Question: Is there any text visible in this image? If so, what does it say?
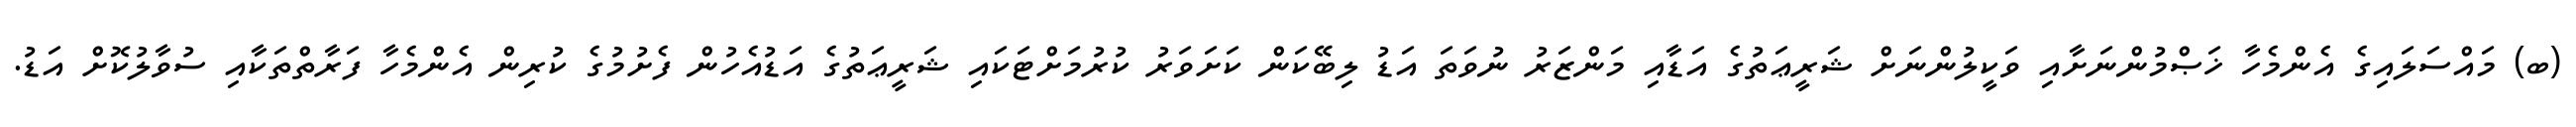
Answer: (ބ) މައްސަލައިގެ އެންމެހާ ޚަޞްމުންނަށާއި ވަކީލުންނަށް ޝަރީޢަތުގެ އަޑާއި މަންޒަރު ނުވަތަ އަޑު ލިބޭކަން ކަށަވަރު ކުރުމަށްޓަކައި ޝަރީޢަތުގެ އަޑުއެހުން ފެށުމުގެ ކުރިން އެންމެހާ ފަރާތްތަކާއި ސުވާލުކޮށް އަޑު.